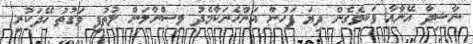
ނާޝިދާ އޭނާއާ ވަކިވެގެން ދިޔަ ފަހުން އަންހެނަކާމެދު ވިސްނާލަން ލުތުފީ ވަގުތު ހޭދަކުރި